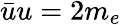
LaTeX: {\bar{u}}u=2m_{e}